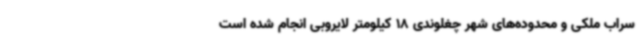
سراب ملکی و محدوده‌های شهر چغلوندی 18 کیلومتر لایروبی انجام شده است